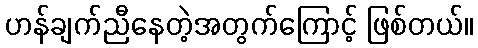
ဟန်ချက်ညီနေတဲ့အတွက်ကြောင့် ဖြစ်တယ်။